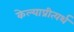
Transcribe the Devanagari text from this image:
केल्याप्रीत्यर्थ